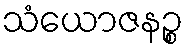
သံယောဇနဉ္စ